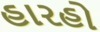
હારહો